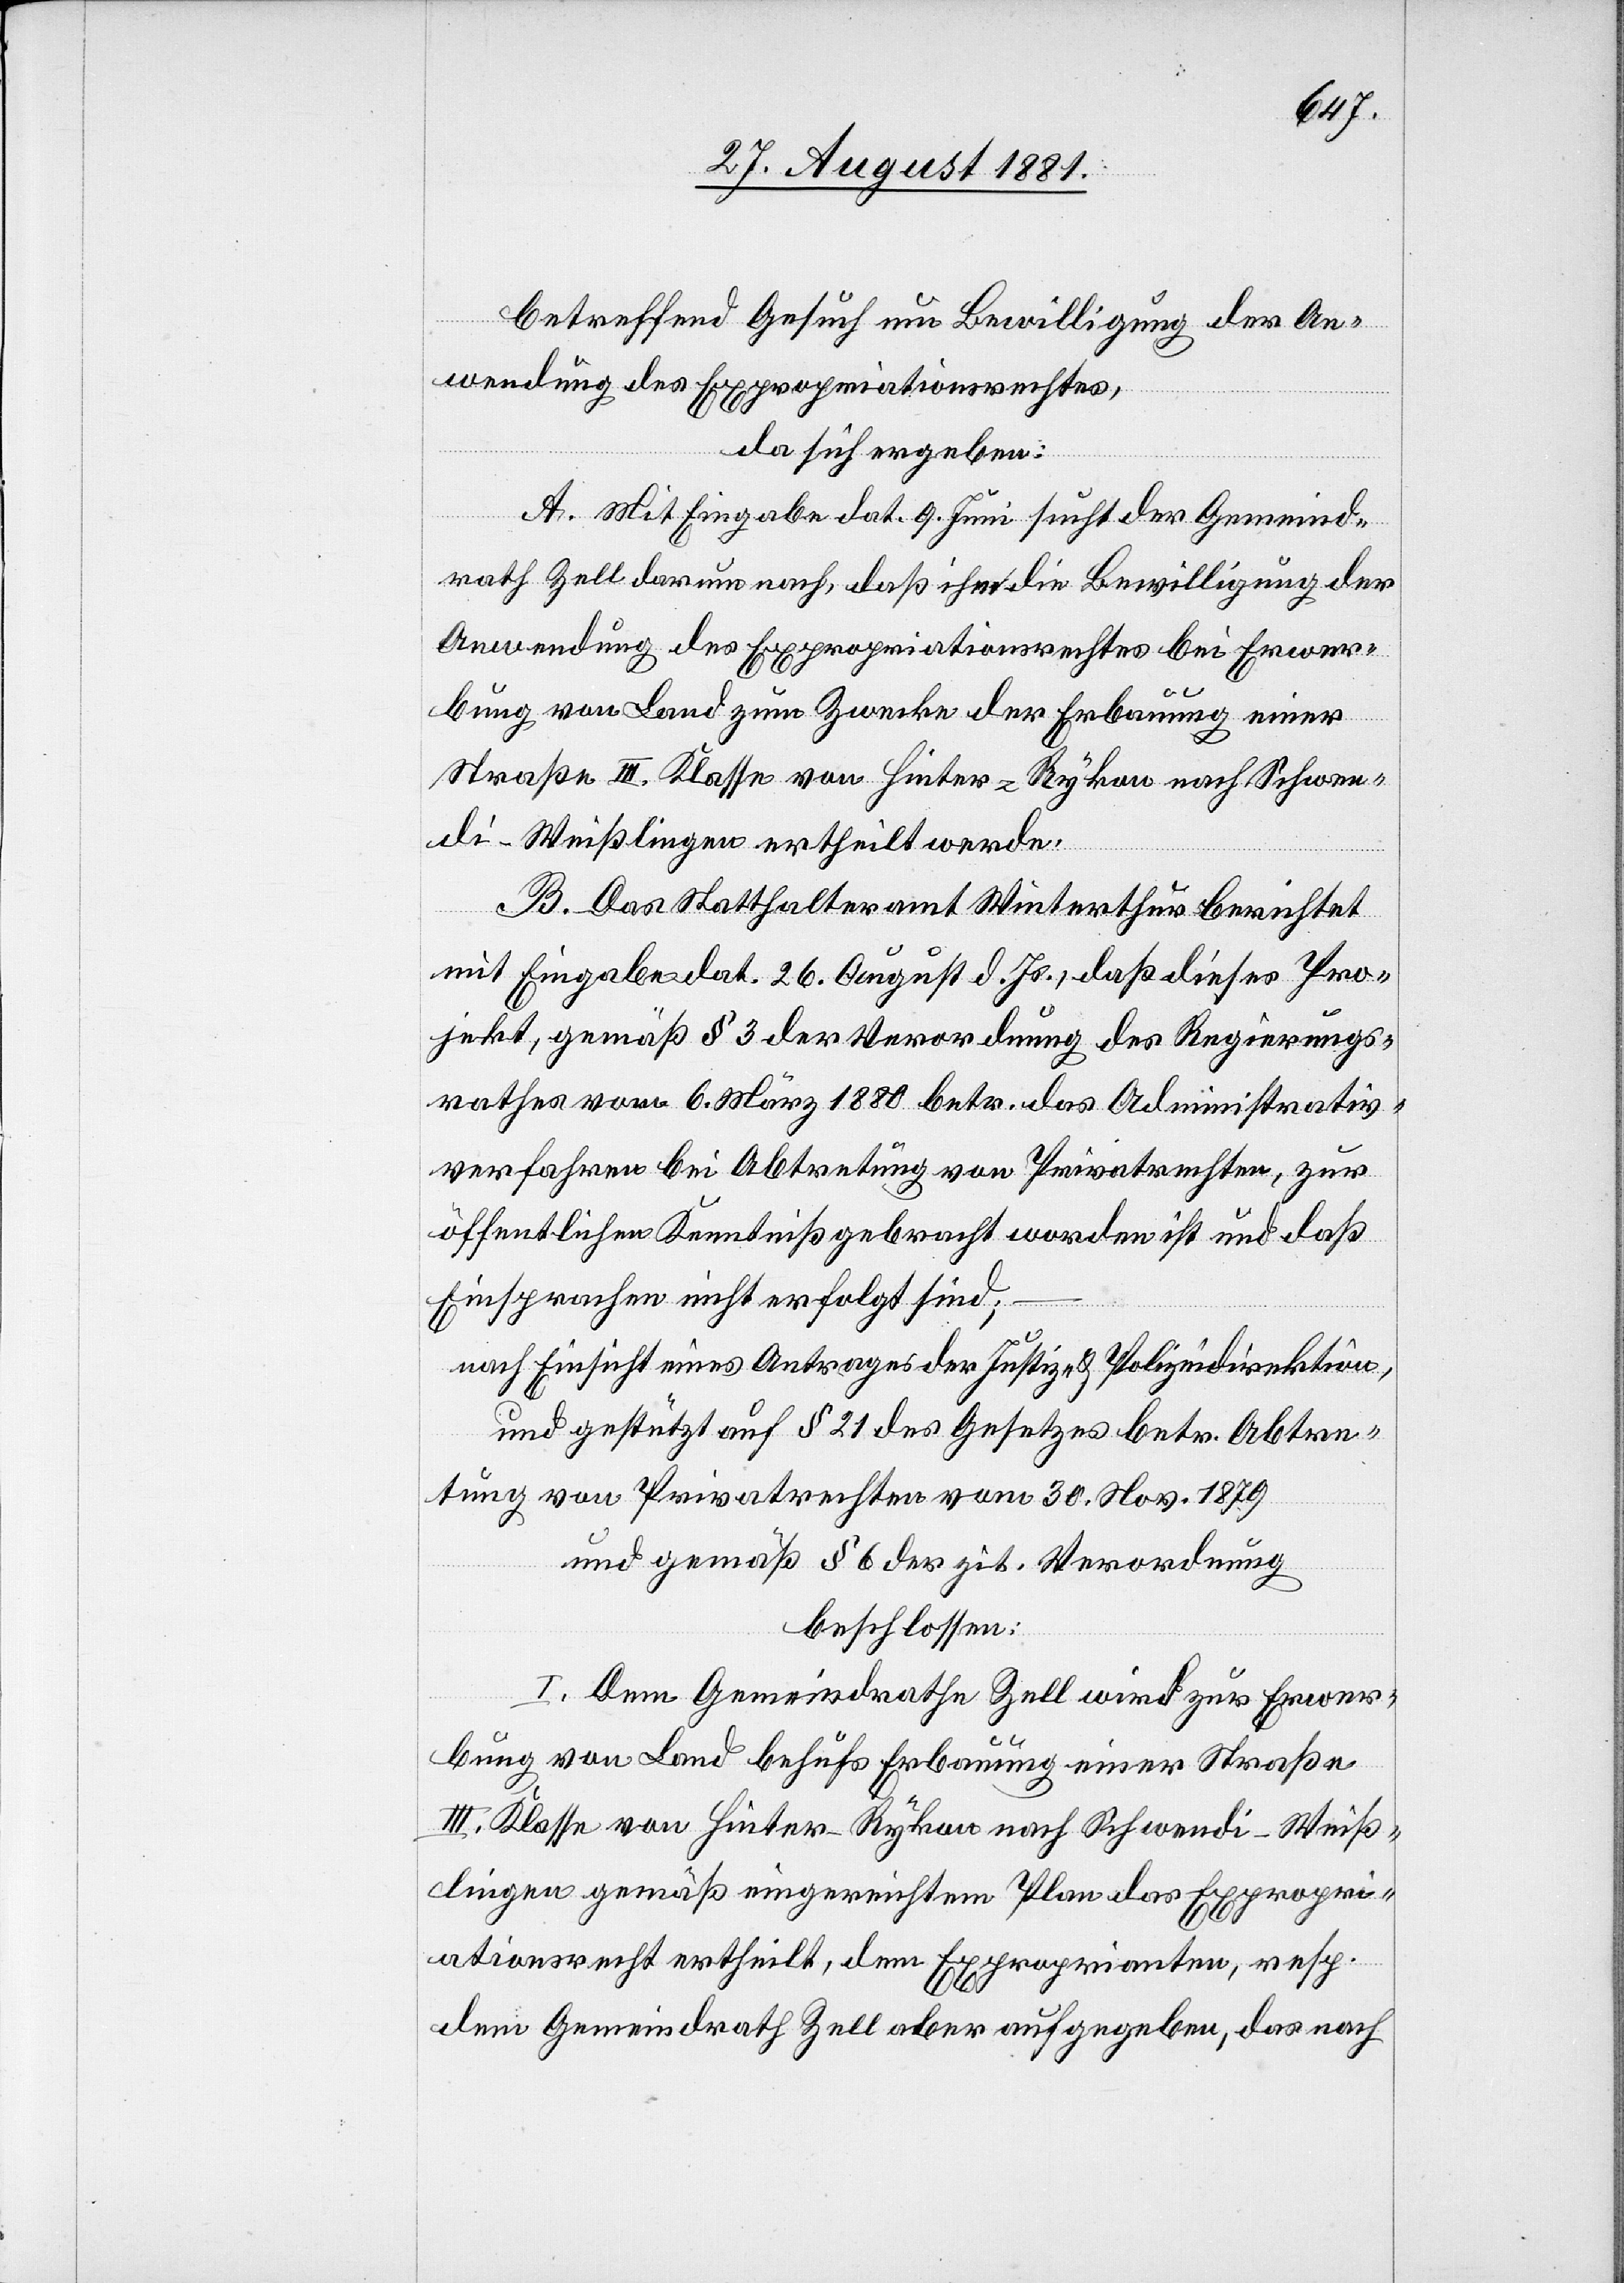
betreffend Gesuch um Bewilligung der An¬
wendung des Expropriationsrechtes,
da sich ergeben:
A. Mit Eingabe dat. 9. Juni sucht der Gemeind¬
rath Zell darum nach, daß ihm die Bewilligung der
Anwendung des Expropriationsrechtes bei Erwer¬
bung von Land zum Zwecke der Erbauung einer
Straße III. Klasse von Hinter-Rykon nach Schwen¬
di - Weißlingen ertheilt werde.
B. Das Statthalteramt Winterthur berichtet
mit Eingabe dat. 26. August d. Js., daß dieses Pro¬
jekt, gemäß § 3 der Verordnung des Regierungs¬
rathes vom 6. März 1880 betr. das Administrativ¬
verfahren bei Abtretung von Privatrechten, zur
öffentlichen Kenntniß gebracht worden ist und daß
Einsprachen nicht erfolgt sind;
nach Einsicht eines Antrages der Justiz- & Polizeidirektion,
und gestützt auf § 21 des Gesetzes betr. Abtre¬
tung von Privatrechten von 30. Nov. 1879
und gemäß § 6 der zit. Verordnung
beschlossen:
I. Dem Gemeindrathe Zell wird zur Erwer¬
bung von Land behufs Erbauung einer Straße
III. Klasse von Hinter-Rykon nach Schwendi - Weiß¬
lingen gemäß eingereichtem Plan das Expropri¬
ationsrecht ertheilt, dem Exproprianten, resp.
dem Gemeindrath Zell aber aufgegeben, das nach